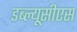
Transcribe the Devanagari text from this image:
डब्ल्यूसीएस